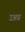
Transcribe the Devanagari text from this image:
उअप्र